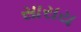
સારાય